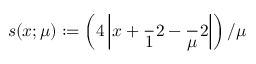
s ( x ; \mu ) : = \left( 4 \left| x + \frac Ḋ 1 Ḍ Ḋ 2 Ḍ - \frac Ḋ \mu Ḍ Ḋ 2 Ḍ \right| \right) / \mu